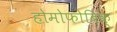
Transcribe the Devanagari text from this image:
होमोफोबिक्